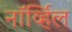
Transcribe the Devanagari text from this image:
नॉर्व्हिल